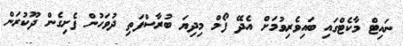
ނައިޓް މާކެޓްގައި ބައިވެރިވުމަށް އެދޭ ފޯމް މިދިޔަ ބުރާސްފަތި ދުވަހުން ފެށިގެން ދޫކުރަން